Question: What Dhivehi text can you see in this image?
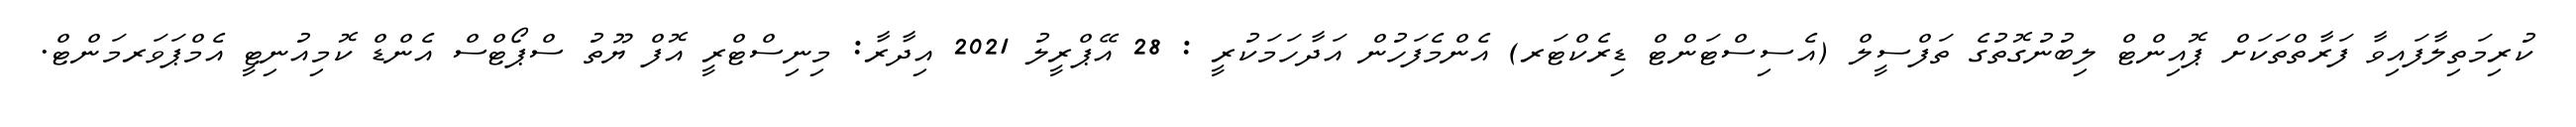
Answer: ކުރިމަތިލާފައިވާ ފަރާތްތަކަށް ޕޮއިންޓް ލިބުނުގޮތުގެ ތަފްސީލް (އެސިސްޓަންޓް ޑިރެކްޓަރ) އެންމެފަހުން އަދާހަމަކުރީ : 28 އޭޕްރީލު 2021 އިދާރާ: މިނިސްޓްރީ އޮފް ޔޫތު ސްޕޯޓްސް އެންޑް ކޮމިއުނިޓީ އެމްޕަވަރމަންޓް.